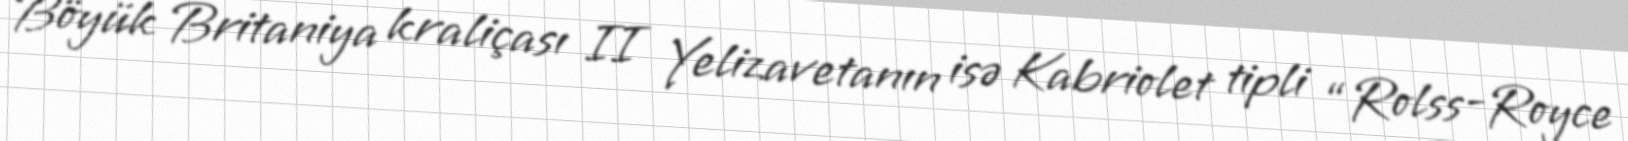
Böyük Britaniya kraliçası II Yelizavetanın isə Kabriolet tipli “Rolss-Royce